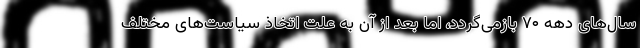
سال‌های دهه ۷۰ بازمی‌گردد، اما بعد از آن به علت اتخاذ سیاست‌های مختلف